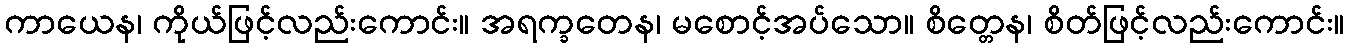
ကာယေန၊ ကိုယ်ဖြင့်လည်းကောင်း။ အရက္ခတေန၊ မစောင့်အပ်သော။ စိတ္တေန၊ စိတ်ဖြင့်လည်းကောင်း။